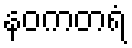
နဝကတရံ